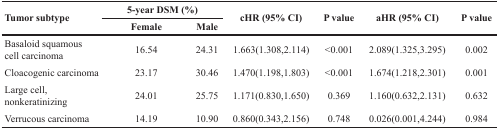
| <ROWSPAN=2> Tumor subtype | <COLSPAN=2> 5-year DSM (%) | <ROWSPAN=2> cHR (95% CI) | <ROWSPAN=2> P value | <ROWSPAN=2> aHR (95% CI) | <ROWSPAN=2> P value |
 | Female | Male |
 | --- | --- | --- | --- | --- | --- | --- |
 | Basaloid squamous cell carcinoma | 16.54 | 24.31 | 1.663(1.308,2.114) | <0.001 | 2.089(1.325,3.295) | 0.002 |
 | Cloacogenic carcinoma | 23.17 | 30.46 | 1.470(1.198,1.803) | <0.001 | 1.674(1.218,2.301) | 0.001 |
 | Large cell, nonkeratinizing | 24.01 | 25.75 | 1.171(0.830,1.650) | 0.369 | 1.160(0.632,2.131) | 0.632 |
 | Verrucous carcinoma | 14.19 | 10.90 | 0.860(0.343,2.156) | 0.748 | 0.026(0.001,4.244) | 0.984 |